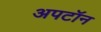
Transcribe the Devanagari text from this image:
अपटॉन